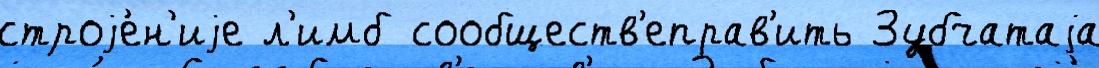
строjе́н'иjе л'имб сообществ'еправ'ить Зубчатаjа